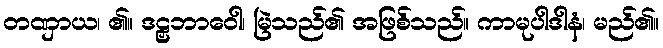
တဏှာယ၊ ၏။ ဒဠှဘာဝေါ၊ မြဲသည်၏ အဖြစ်သည်။ ကာမုပါဒါနံ၊ မည်၏။